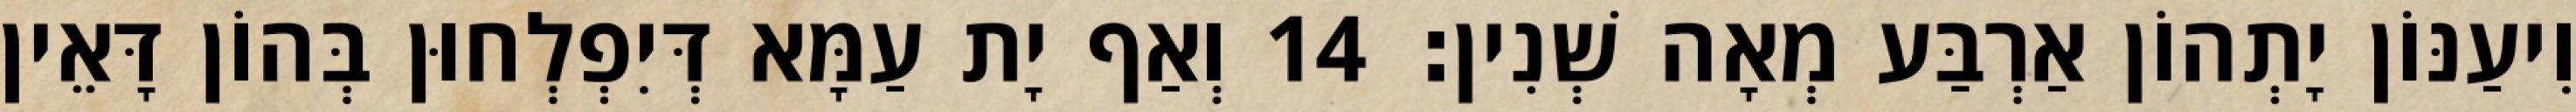
וִיעַנּוֹן יָתְהוֹן אַרְבַּע מְאָה שְׁנִין׃ 14 וְאַף יָת עַמָּא דְּיִפְלְחוּן בְּהוֹן דָּאֵין